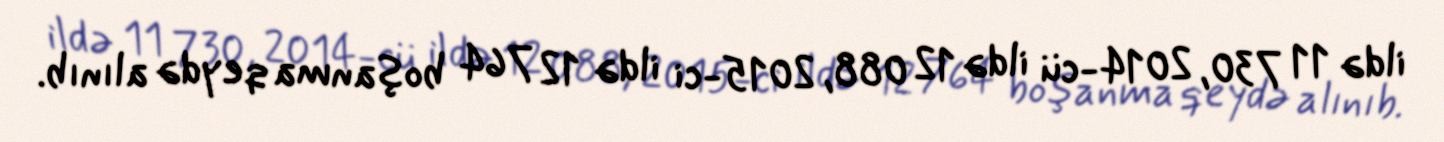
ildə 11 730, 2014-cü ildə 12 088, 2015-ci ildə 12 764 boşanma qeydə alınıb.